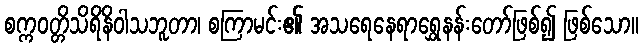
စက္ကဝတ္တိသိရိနိဝါသဘူတာ၊ စကြာမင်း၏ အသရေနေရာရွှေနန်းတော်ဖြစ်၍ ဖြစ်သော။